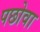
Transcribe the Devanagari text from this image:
पछोवा